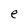
Character: e